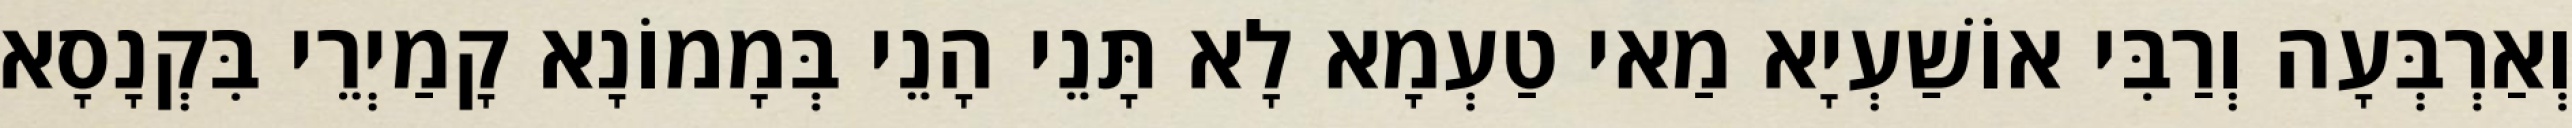
וְאַרְבְּעָה וְרַבִּי אוֹשַׁעְיָא מַאי טַעְמָא לָא תָּנֵי הָנֵי בְּמָמוֹנָא קָמַיְרֵי בִּקְנָסָא